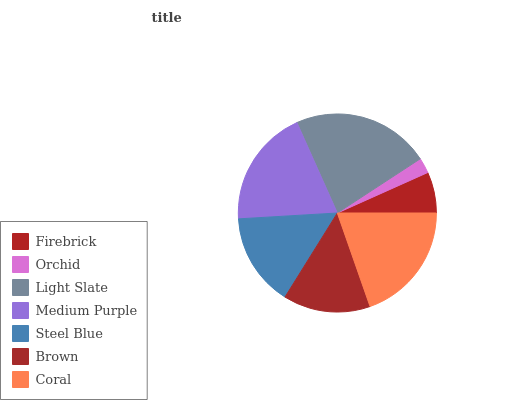
| Firebrick | Orchid | Light Slate | Medium Purple | Steel Blue | Brown | Coral |
 | --- | --- | --- | --- | --- | --- | --- |
 | 6.71% | 2.52% | 22.5% | 19.3% | 15.2% | 14.2% | 19.6% |